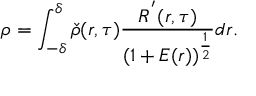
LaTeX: \rho = \int _ { - \delta } ^ { \delta } \check { \rho } ( r , \tau ) \frac { R ^ { ' } ( r , \tau ) } { \left( 1 + E ( r ) \right) ^ { \frac { 1 } { 2 } } } d r .